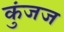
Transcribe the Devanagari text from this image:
कुंजज